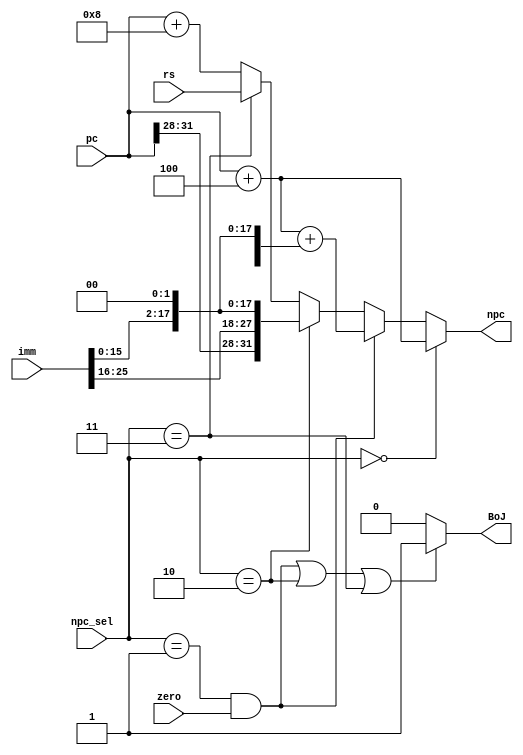
`timescale 1ns / 1ps
//////////////////////////////////////////////////////////////////////////////////
// Company: 
// Engineer: 
// 
// Design Name: 
// Module Name:    NPC 
// Project Name: 
// Target Devices: 
// Tool versions: 
// Description: 
//
// Dependencies: 
//
// Revision: 
// Revision 0.01 - File Created
// Additional Comments: 
//
//////////////////////////////////////////////////////////////////////////////////
module NPC(pc , npc_sel , zero , imm , rs ,  npc , BoJ
    );
	 input  [25:0]   imm        ;           // clock and reset
    input  [31:0]   pc          ;           // next pc input
    input  [31:0]   rs          ;           // data in the $rs
    input  [2:0]    npc_sel     ;           // instr type
    input           zero        ;           // ctrl the operation
    output [31:0]   npc         ;           // ouput pc 
    
	 output BoJ;
	 
    wire   [31:0]   npc                     ;
    wire   [15:0]   offset                        ;
	 
	 reg [31:0] pc_4,pc_8;
	 
    assign  offset  = imm[15:0]                  ;           // set the offset   
	 
	 always@(*)
	 begin
		pc_4    = pc + 4                      ;           // ouput pc+4 
		pc_8	  = pc + 8							;
	 end
	 
    parameter       R  =  3'b000,           // R_type
                    B  =  3'b001,           // B_type
                    J  =  3'b010,           // J_type
                    JR =  3'b011;           // JR_type
    
    assign  npc     = (npc_sel == R)         ?  pc_4                      :
                      ((npc_sel==B)&&zero)	?  pc_4 + {{14{offset[15]}},offset,2'b0}:
                      (npc_sel == J)         ?  {pc[31:28],imm,2'b0}     :
                      (npc_sel == JR)        ?  rs                        :
                                                pc_8                      ;
														
	assign BoJ	=	(((npc_sel==B)&&zero)||(npc_sel == J)||(npc_sel == JR))?1'b1:1'b0;
endmodule